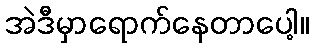
အဲဒီမှာရောက်နေတာပေါ့။